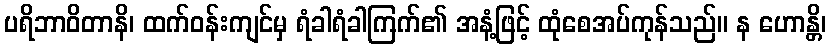
ပရိဘာဝိတာနိ၊ ထက်ဝန်းကျင်မှ ရံခါရံခါကြက်၏ အနံ့ဖြင့် ထုံစေအပ်ကုန်သည်။ န ဟောန္တိ၊